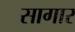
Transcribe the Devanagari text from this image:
सागार